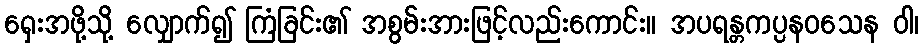
ရှေးအဖို့သို့ လျှောက်၍ ကြံခြင်း၏ အစွမ်းအားဖြင့်လည်းကောင်း။ အပရန္တကပ္ပနဝသေန ဝါ၊